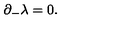
{ \partial } _ { - } { \lambda } = 0 .